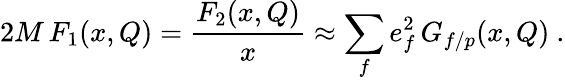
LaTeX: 2M\, F_{1}(x,Q)={\frac{F_{2}(x,Q)}{x}}\approx\sum_{f}e_{f}^{2}\, G_{f/p}(x,Q)\ .